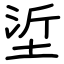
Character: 垽